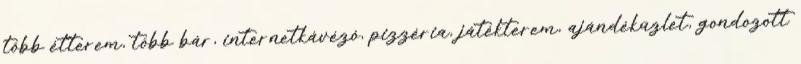
több étterem, több bár, internetkávézó, pizzéria, játékterem, ajándéküzlet, gondozott